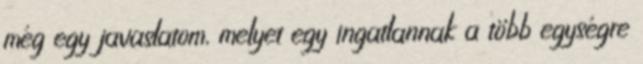
még egy javaslatom, melyet egy ingatlannak a több egységre